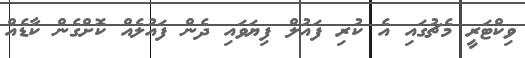
ވިކްޓަރީ މެޗުގައި އެ ކުރި ފައުލް ފިޔަވައި ދެން ފައުލެއް ކޮށްގެން ކާޑެއް